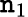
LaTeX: \mathtt{n}_{1}